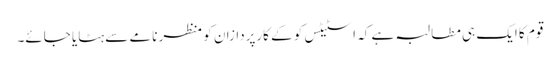
قوم کا ایک ہی مطالبہ ہے کہ اسٹیٹس کو کے کارپردازان کو منظر نامے سے ہٹایا جائے۔